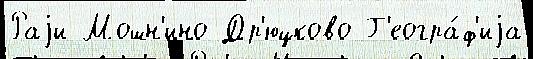
Раjи Мошн'ино Др'юцково Г'еогра́ф'иjа